Indian journal of veterinary science and animal husbandry - Volumes 15-17, 1948-1951
Year: 1948
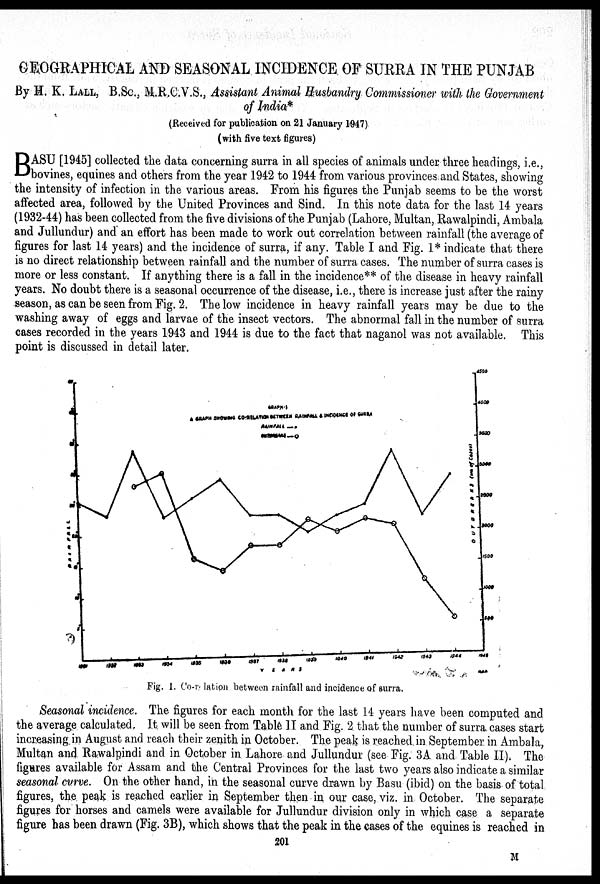
CEOGRAPHICAL AND SEASONAL INCIDENCE OF SURRA IN THE PUNJAB
By H. K. LALL, B.Sc., M.R.C.V.S., Assistant Animal Husbandry Commissioner with the Government
of India*
(Received for publication on 21 January 1947)
(with five text figures)
B ASU [1945] collected the data concerning surra in all species of animals under three headings, i.e.,
bovines, equines and others from the year 1942 to 1944 from various provinces and States, showing
the intensity of infection in the various areas. From his figures the Punjab seems to be the worst
affected area, followed by the United Provinces and Sind. In this note data for the last 14 years
(1932-44) has been collected from the five divisions of the Punjab (Lahore, Multan, Rawalpindi, Ambala
and Jullundur) and an effort has been made to work out correlation between rainfall (the average of
figures for last 14 years) and the incidence of surra, if any. Table I and Fig. 1* indicate that there
is no direct relationship between rainfall and the number of surra cases. The number of surra cases is
more or less constant. If anything there is a fall in the incidence** of the disease in heavy rainfall
years. No doubt there is a seasonal occurrence of the disease, i.e., there is increase just after the rainy
season, as can be seen from Fig. 2. The low incidence in heavy rainfall years may be due to the
washing away of eggs and larvae of the insect vectors. The abnormal fall in the number of surra
cases recorded in the years 1943 and 1944 is due to the fact that naganol was not available. This
point is discussed in detail later.
Fig. 1. Co-relation between rainfall and incidence of surra.
Seasonal incidence. The. figures for each month for the last 14 years have been computed and
the average calculated. It will be seen from Table II and Fig. 2 that the number of surra cases start
increasing in August and reach their zenith in October. The peak is reached in September in Ambala,
Multan and Rawalpindi and in October in Lahore and Jullundur (see Fig. 3A and Table II). The
figures available for Assam and the Central Provinces for the last two years also indicate a similar
seasonal curve. On the other hand, in the seasonal curve drawn by Basu (ibid) on the basis of total
figures, the peak is reached earlier in September then in our case, viz. in October. The separate
figures for horses and camels were available for Jullundur division only in which case a separate
figure has been drawn (Fig. 3B), which shows that the peak in the cases of the equines is reached in
201
M